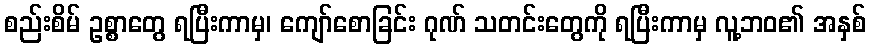
စည်းစိမ် ဥစ္စာတွေ ရပြီးကာမှ၊ ကျော်စောခြင်း ဂုဏ် သတင်းတွေကို ရပြီးကာမှ လူ့ဘဝ၏ အနှစ်